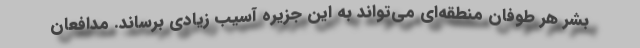
بشر هر طوفان منطقه‌ای می‌تواند به این جزیره آسیب زیادی برساند. مدافعان